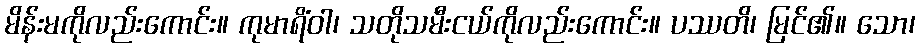
မိန်းမကိုလည်းကောင်း။ ကုမာရိံဝါ၊ သတိုသမီးငယ်ကိုလည်းကောင်း။ ပဿတိ၊ မြင်၏။ သော၊